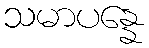
သမာပန္နေ